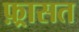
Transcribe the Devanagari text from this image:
फ़्रासत